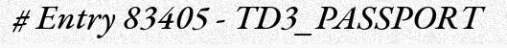
# Entry 83405 - TD3_PASSPORT